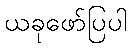
ယခုဖော်ပြပါ